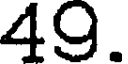
49.